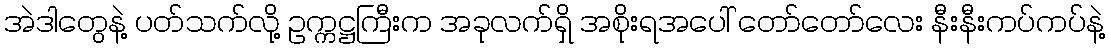
အဲဒါတွေနဲ့ ပတ်သက်လို့ ဥက္ကဋ္ဌကြီးက အခုလက်ရှိ အစိုးရအပေါ် တော်တော်လေး နီးနီးကပ်ကပ်နဲ့